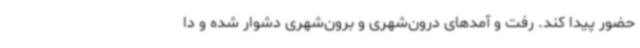
حضور پیدا کند. رفت ‌و آمدهای درون‌شهری و برون‌شهری دشوار شده و دا